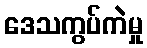
ဒေသကွပ်ကဲမှု